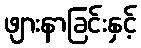
ဖျားနာခြင်းနှင့်